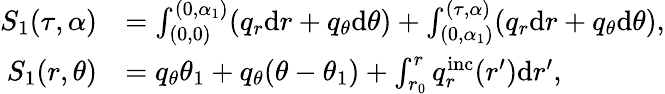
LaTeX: \begin{array}{rl}{S_{1}(\tau,\alpha)}&{=\int_{(0,0)}^{(0,\alpha_{1})}(q_{r}\mathrm{d}r+q_{\theta}\mathrm{d}\theta)+\int_{(0,\alpha_{1})}^{(\tau,\alpha)}(q_{r}\mathrm{d}r+q_{\theta}\mathrm{d}\theta),}\\ {S_{1}(r,\theta)}&{=q_{\theta}\theta_{1}+q_{\theta}(\theta-\theta_{1})+\int_{r_{0}}^{r}q_{r}^{\mathrm{inc}}(r^{\prime})\mathrm{d}r^{\prime},}\end{array}